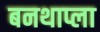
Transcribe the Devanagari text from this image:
बनथाप्ला